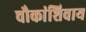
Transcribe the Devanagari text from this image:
चौकांशिवाय